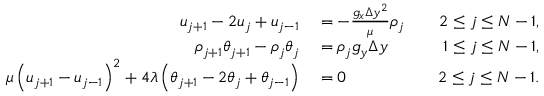
\begin{array} { r l r } { u _ { j + 1 } - 2 u _ { j } + u _ { j - 1 } } & { { } = - \frac { g _ { x } \Delta y ^ { 2 } } { \mu } \rho _ { j } \quad } & { 2 \leq j \leq N - 1 , } \\ { \rho _ { j + 1 } \theta _ { j + 1 } - \rho _ { j } \theta _ { j } } & { { } = \rho _ { j } g _ { y } \Delta y \quad } & { 1 \leq j \leq N - 1 , } \\ { \mu \left( u _ { j + 1 } - u _ { j - 1 } \right) ^ { 2 } + 4 \lambda \left( \theta _ { j + 1 } - 2 \theta _ { j } + \theta _ { j - 1 } \right) } & { { } = 0 \quad } & { 2 \leq j \leq N - 1 . } \end{array}